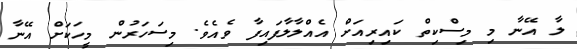
ލާ އޭނާ މި މިސްކިތް ކައިރިއަށް އެއްލާލާފައިފާ ވެއެވެ. މިސަހަރުން މީހަކަށް އޭނާ